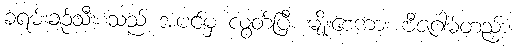
ခရမ်းချဉ်သီးစသည် အပင်မှ လွတ်ပြီး မျိုးစေ့ကား ဗီဇဂါမ်တည်း။